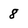
Character: 8